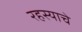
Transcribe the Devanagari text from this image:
रहस्याचे